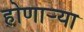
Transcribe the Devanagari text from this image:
होणार्‍या